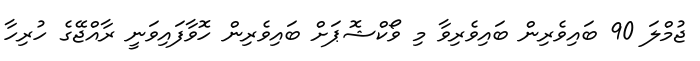
ޖުމްލަ 90 ބައިވެރިން ބައިވެރިވާ މި ވޯކްޝޮޕަށް ބައިވެރިން ހޮވާފައިވަނީ ރާއްޖޭގެ ހުރިހާ